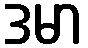
ဒမာ